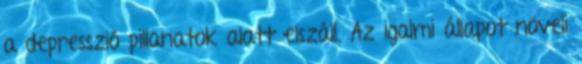
a depresszió pillanatok alatt elszáll. Az igalmi állapot növeli